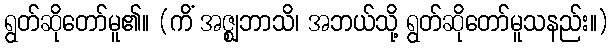
ရွတ်ဆိုတော်မူ၏။ (ကိံ အဇ္ဈဘာသိ၊ အဘယ်သို့ ရွတ်ဆိုတော်မူသနည်း။)